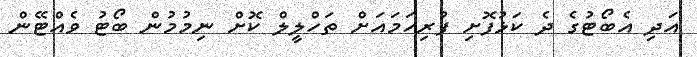
އަދި އެބޯޓުގެ ދެ ކަޅުފޮށި ފުރިހަމައަށް ތަހްލީލް ކޮށް ނިމުމުން ބޯޓު ވެއްޓޭން